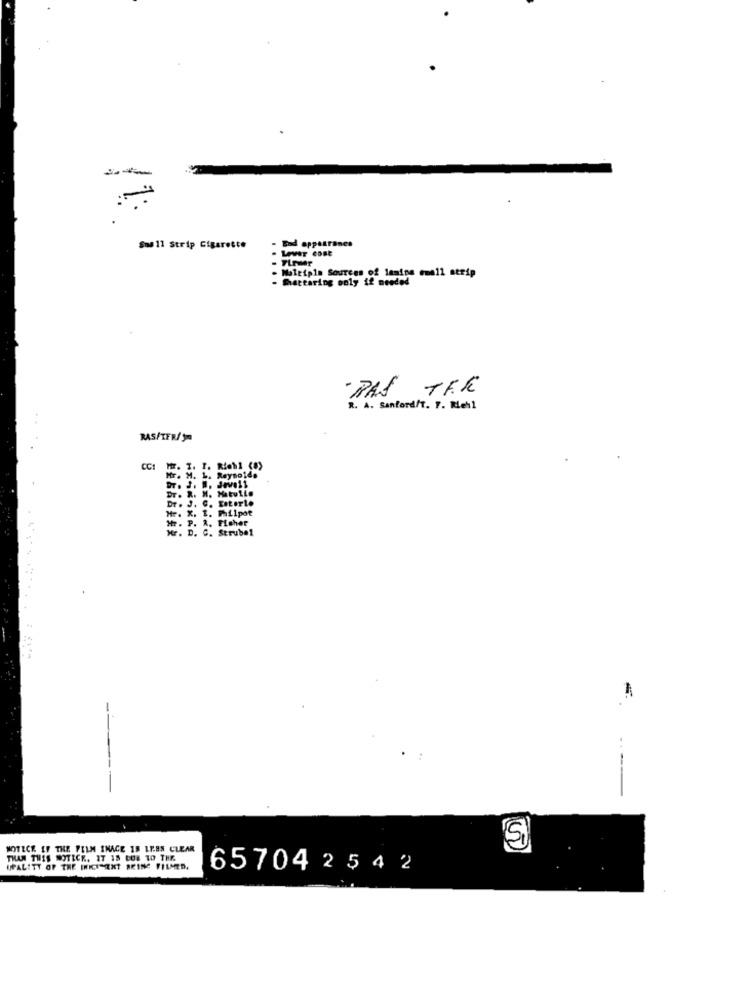
- End appearones
Sos 11 Strip Cigarette
- Firmar
- Shattering only if needed
. Moltipla Sources of lamina email serip
-PAS TF.K
R . A. Sanford/T. Y. Real
RAS/TFR/Sm
CC1
Mr. T. T. Riehl (8)
Hr. M. L. Reynolds
Dr. J. B. Jevoll
Dr. R. H. Hatulle
Dr . J. C. EILOFLO
Mr. X. E. Mailpot
Hr. P. A. Ficher
Mr. D. C. Strubel
--
MOTECK IF THE FILM IMAGE IS LEES CLEAR
00
THAN THIS NOTICE, IT 15 CUR TO THE
UPALITT OF THE INKI ENT BRING FILMED.
65704254 2